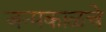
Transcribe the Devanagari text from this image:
जन्मकाळचे